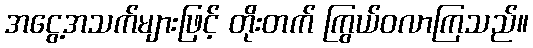
အငွေ့အသက်များဖြင့် တိုးတက် ကြွယ်ဝလာကြသည်။